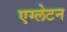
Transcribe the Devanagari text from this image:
एग्लेटन